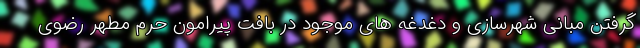
گرفتن مبانی شهرسازی و دغدغه های موجود در بافت پیرامون حرم مطهر رضوی